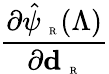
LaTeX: \frac{\partial\hat{\psi}_{\mathrm{~\tiny~R~}}(\Lambda)}{\partial{\textbf{d}_{\mathrm{~\tiny~R~}}}}